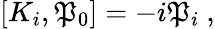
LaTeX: [K_{i},\mathfrak{P}_{0}]=-i\mathfrak{P}_{i}~,